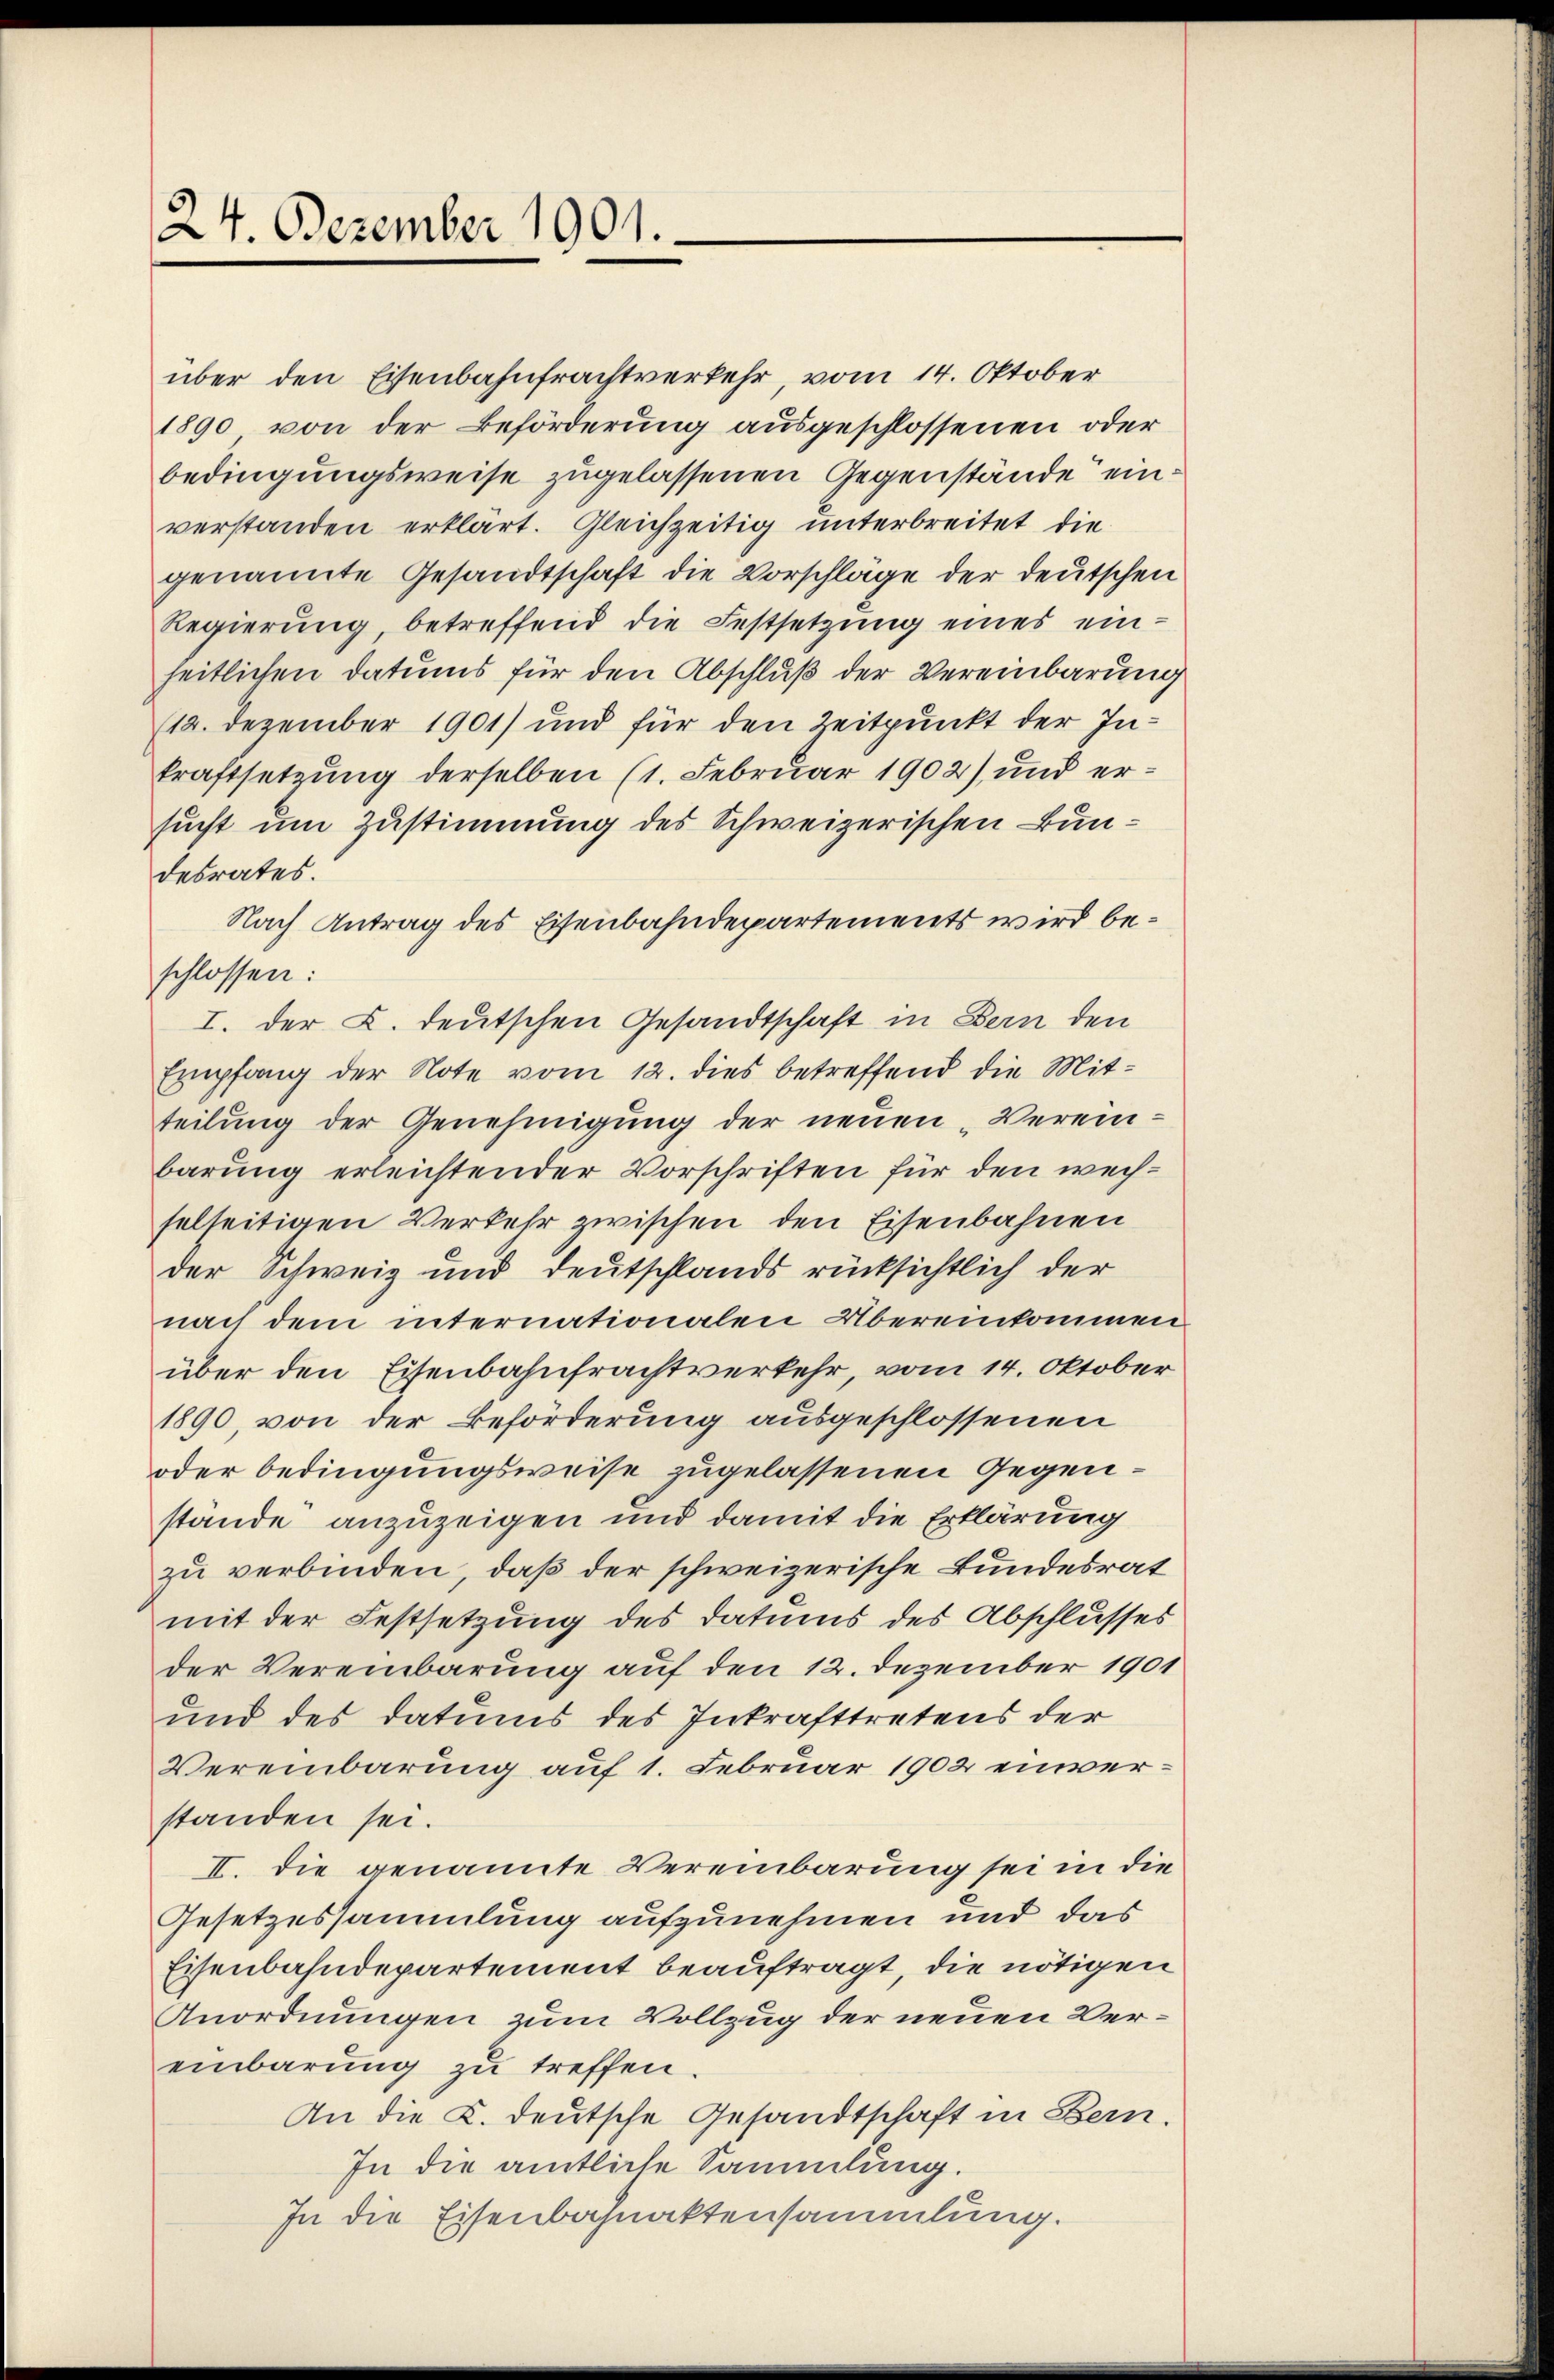
24. Dezember 1901.

über den Eisenbahnfrachtverkehr, vom 14. Oktober
1890 von der Beförderung ausgeschlossenen oder
bedingungsweise zugelassenen Gegenstände einverstanden erklärt. Gleichzeitig unterbreitet die
genannte Gesandtschaft die Vorschläge der deutschen
Regierŭng betreffend die Festsetzŭng eines ein-
heitlichen Datums für den Abschluß der Vereinbarung
114. Dezember 1901) und für den Zeitpunkt der Inkraftsetzung derselben (1. Februar 1902) und ersucht um Zustimmung des Schweizerischen Bundesrates.
Nach Antrag des Eisenbahndepartements wird beschlossen:
I. der L. deutschen Gesandtschaft in Bern den
Empfang der Note vom 12. dies betreffend die Mitteilung der Genehmigung der neuen Vereinbarung erleichtender Vorschriften für den wechselseitigen Verkehr zwischen den Eisenbahnen
der Schweiz und Deutschlands rücksichtlich der
nach dem internationalen Übereinkommen
über den Eisenbahnfrachtverkehr, vom 14. Oktober
1890, von der Beförderung ausgeschlossenen
oder bedingungsweise zugelassenen Gegenstände anzuzeigen und damit die Erklärung
zu verbinden, daß der schweizerische Bundesrat
mit der Festsetzung des Datums des Abschlusses
der Vereinbarung auf den 12. Dezember 1901
und des Datums des Inkrafttretens der
Vereinbarung auf 1. Februar 1902 einverstanden sei.
II. Die genannte Vereinbarung sei in die
Gesetzessammlung aufzunehmen und das
Eisenbahndepartement beauftragt, die nötigen
Anordnungen zum Vollzug der neuen Vereinbarung zu treffen.
An die K. deutsche Gesandtschaft in Bern.
In die amtliche Sammlung.
In die Eisenbahnaktensammlung.